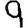
Digit: 9